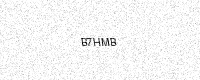
Text: B7HMB